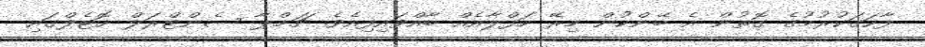
ފާހަގަކުރުމުގެ ގޮތުން އެ ބޭންކުން މިރޭ ހަފްލާއެއް ބާއްވައިފިއެވެ. ޗަމްޕާ ސެންޓްރަލް ހޮޓެލްގައި